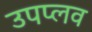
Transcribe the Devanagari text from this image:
उपप्लव